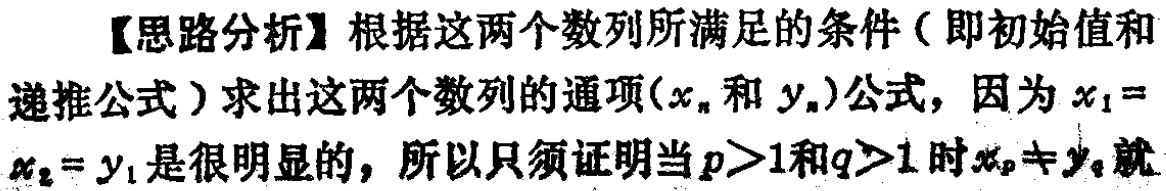
【思路分析】根据这两个数列所满足的条件（即初始值和递推公式）求出这两个数列的通项\((x_{n}\)和\(y_{n})\)公式，因为\(x_{1} = x_{2} = y_{1}\)是很明显的，所以只须证明当\(p > 1\)和\(q > 1\)时\(x_{p}\neq y_{q}\)就